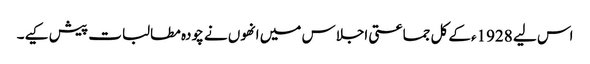
اس لیے 1928ءکے کل جماعتی اجلاس میں انھوں نے چودہ مطالبات پیش کیے۔